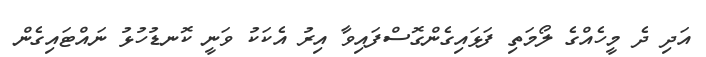
އަދި ދެ މީހެއްގެ ލޯމަތި ފަޅައިގެންގޮސްފައިވާ އިރު އެކަކު ވަނީ ކޮނޑުހުޅު ނައްޓައިގެން